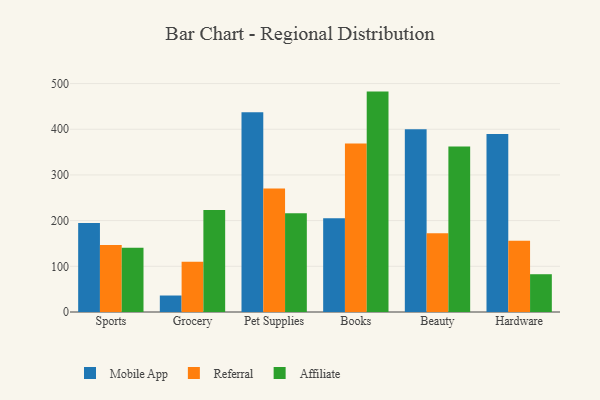
{"axis": {"x": "Category", "y": "Inventory Turnover"}, "legend": ["Affiliate", "Mobile App", "Referral"], "data": [{"x": "Sports", "y": 194.7, "type": "Mobile App"}, {"x": "Sports", "y": 146.7, "type": "Referral"}, {"x": "Sports", "y": 140.9, "type": "Affiliate"}, {"x": "Grocery", "y": 36.1, "type": "Mobile App"}, {"x": "Grocery", "y": 110.2, "type": "Referral"}, {"x": "Grocery", "y": 223.1, "type": "Affiliate"}, {"x": "Pet Supplies", "y": 437.3, "type": "Mobile App"}, {"x": "Pet Supplies", "y": 270.5, "type": "Referral"}, {"x": "Pet Supplies", "y": 216.2, "type": "Affiliate"}, {"x": "Books", "y": 205.3, "type": "Mobile App"}, {"x": "Books", "y": 368.9, "type": "Referral"}, {"x": "Books", "y": 482.4, "type": "Affiliate"}, {"x": "Beauty", "y": 400.2, "type": "Mobile App"}, {"x": "Beauty", "y": 172.4, "type": "Referral"}, {"x": "Beauty", "y": 362.5, "type": "Affiliate"}, {"x": "Hardware", "y": 389.8, "type": "Mobile App"}, {"x": "Hardware", "y": 156.0, "type": "Referral"}, {"x": "Hardware", "y": 82.7, "type": "Affiliate"}]}